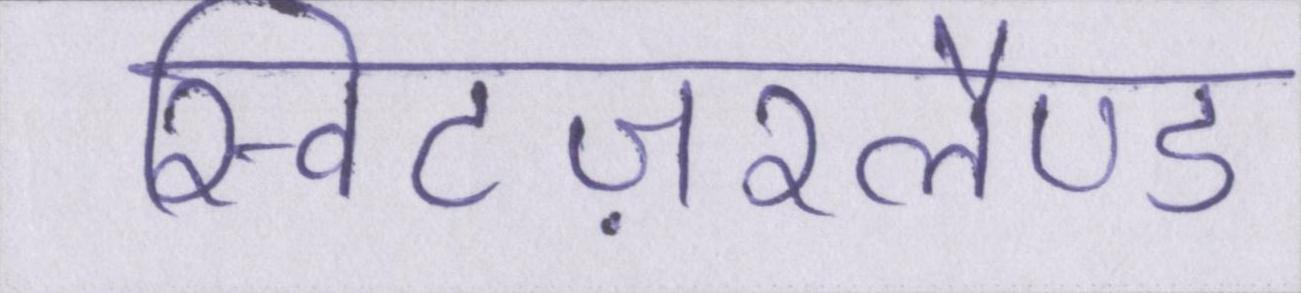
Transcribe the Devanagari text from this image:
स्विटज़रलैण्ड